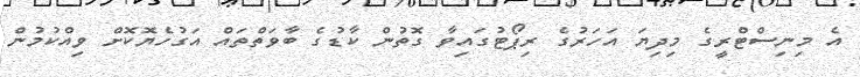
އެ މިނިސްޓްރީގެ މިދިޔަ އަހަރުގެ ރިޕޯޓުގައިވާ ގޮތުން ކާޑުގެ ބާވަތްތައް އަގުހެޔޮކޮށް ވިއްކުމުން